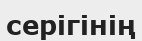
серігінің